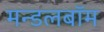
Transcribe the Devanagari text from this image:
मन्डलबॉम